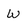
Character: W